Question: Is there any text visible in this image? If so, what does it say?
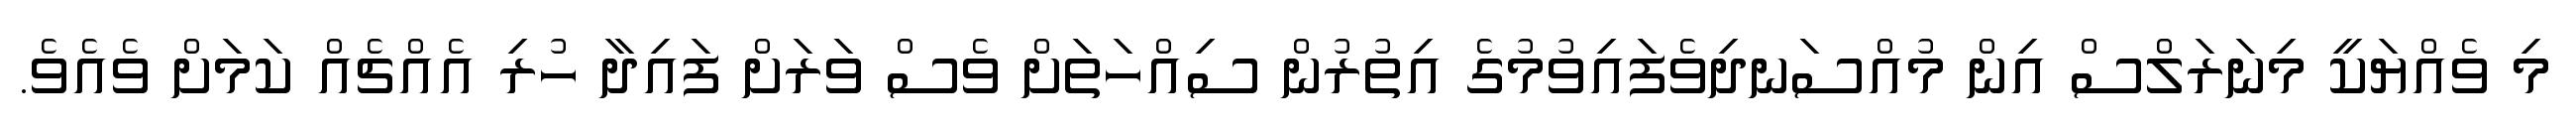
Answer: މި ވެއްޔަކީ މިނަރަލްސް އިން މުއްސަނދިވެފައިވުމުގެ އިތުރުން ސިއްހަތަށް ވެސް ވަރަށް ފައިދާ ހުރި އެއްޗެއް ކަމަށް ވެއެވެ.